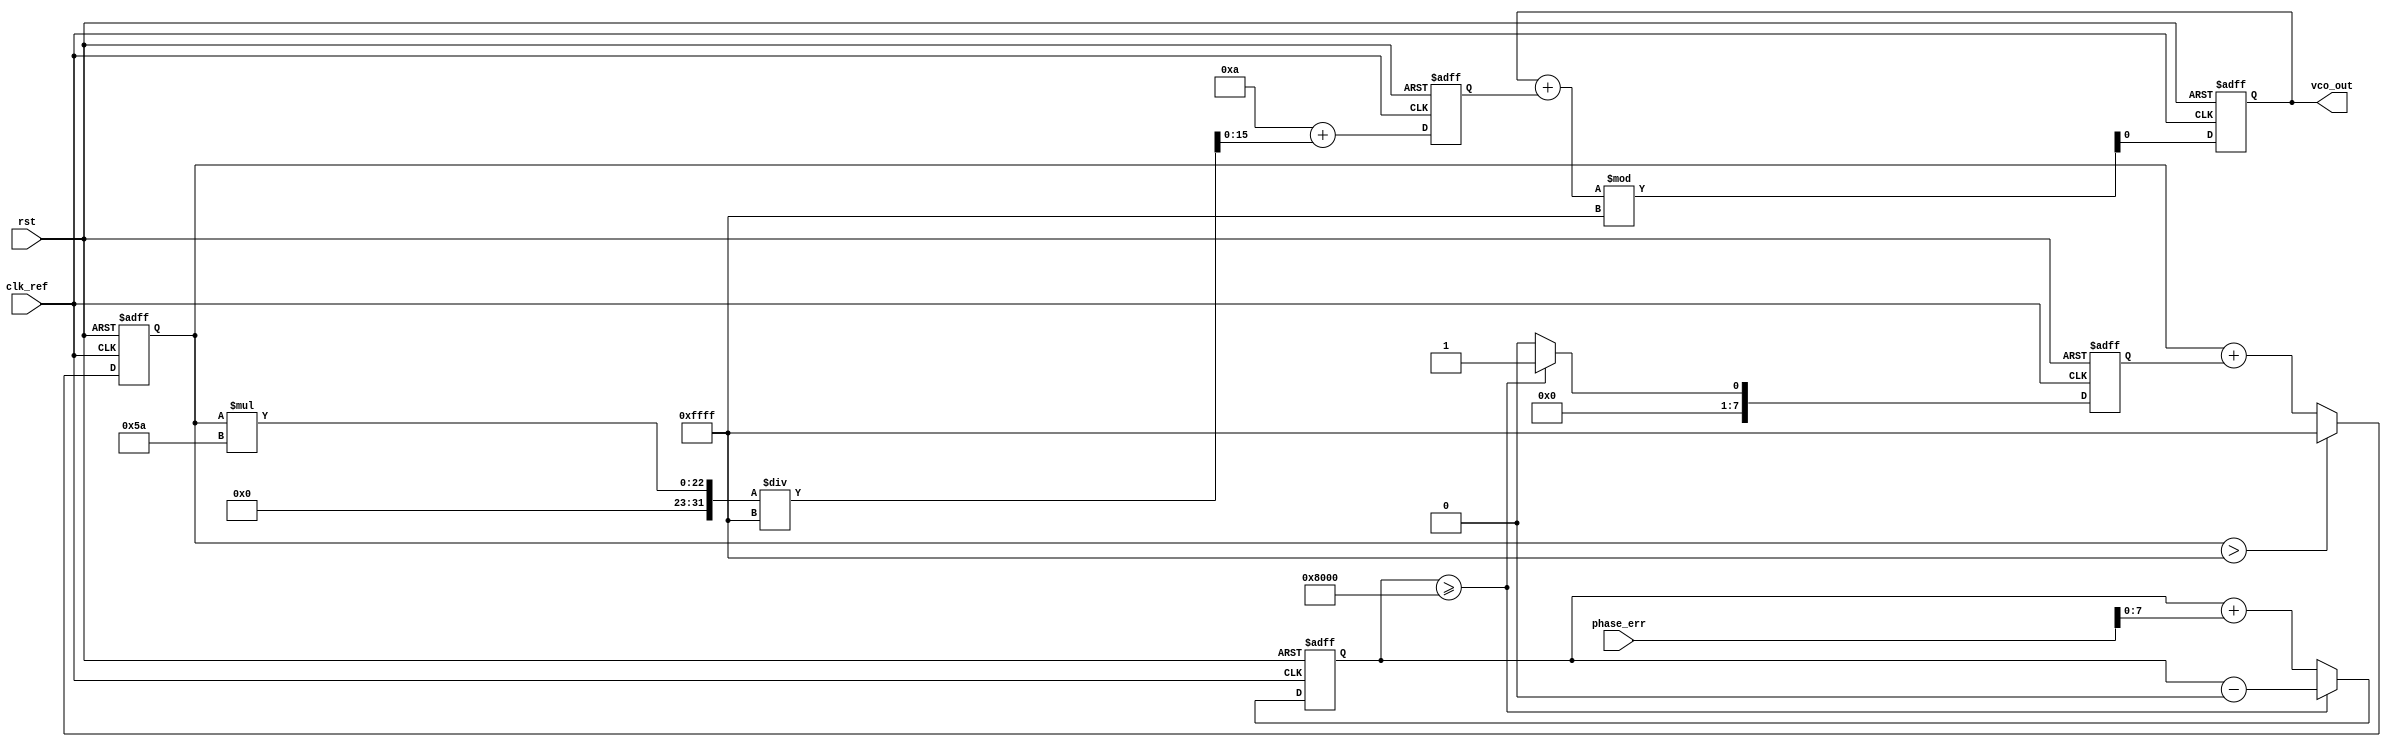
module sigma_delta_pll (
    input wire clk_ref,          // Reference clock
    input wire rst,              // Reset signal
    input wire [15:0] phase_err, // Phase error signal from phase detector
    output reg vco_out           // Output of the VCO
);

    // Parameters
    parameter N = 8;             // Order of the sigma-delta modulator
    parameter VCO_MAX_FREQ = 100; // Max frequency of VCO
    parameter VCO_MIN_FREQ = 10;  // Min frequency of VCO

    // Sigma-Delta Modulator
    reg [N-1:0] integrator;      // Integrator for sigma-delta modulator
    reg [N-1:0] quantized_output; // 1-bit output of the modulator
    reg [15:0] control_voltage;   // Control voltage for VCO
    reg [15:0] vco_freq;          // Frequency control for VCO

    // VCO
    always @(posedge clk_ref or posedge rst) begin
        if (rst) begin
            vco_out <= 0;
            integrator <= 0;
            quantized_output <= 0;
            control_voltage <= 0;
            vco_freq <= VCO_MIN_FREQ;
        end else begin
            // Sigma-Delta Modulator
            integrator <= integrator + phase_err; // Integrate phase error
            if (integrator >= 16'h8000) begin
                quantized_output <= 1'b1; // Quantize to 1
                integrator <= integrator - 16'h8000; // Adjust integrator
            end else begin
                quantized_output <= 1'b0; // Quantize to 0
            end

            // Control voltage calculation
            control_voltage <= control_voltage + quantized_output;

            // VCO frequency control
            if (control_voltage > 16'hFFFF) begin
                control_voltage <= 16'hFFFF; // Limit control voltage
            end
            vco_freq <= VCO_MIN_FREQ + (control_voltage * (VCO_MAX_FREQ - VCO_MIN_FREQ) / 16'hFFFF);

            // VCO output generation (simple model)
            vco_out <= (vco_out + vco_freq) % 16'hFFFF; // Simulate VCO output
        end
    end

endmodule